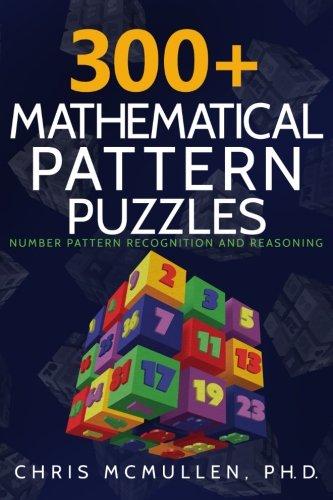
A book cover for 300+ Mathematical Pattern Puzzles: Number Pattern Recognition & Reasoning (Improve Your Math Fluency); Chris McMullen; Humor & Entertainment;